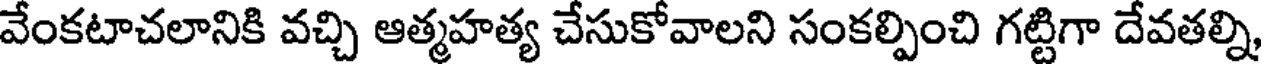
వేంకటాచలానికి వచ్చి ఆత్మహత్య చేసుకోవాలని సంకల్పించి గట్టిగా దేవతల్ని